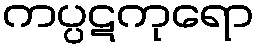
ကပ္ပဋကုရော